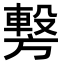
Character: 𭥂